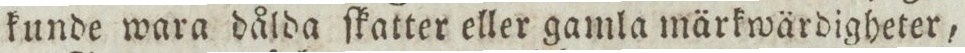
kunde wara dålda ſkatter eller gamla märkwärdigheter,